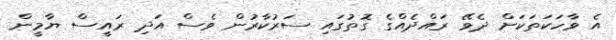
އެ ވާހަކަތަކަށް ދެވޭ ރައްދެއްގެ ގޮތުގައި ސަރުކާރުން ވެސް އަދި ރައީސް ޔާމީން